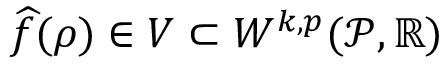
\widehat { f } ( \rho ) \in V \subset W ^ { k , p } ( { \mathcal { P } } , \mathbb { R } )